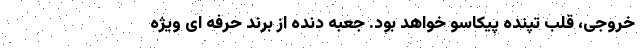
خروجی، قلب تپنده پیکاسو خواهد بود. جعبه دنده از برند حرفه ای ویژه